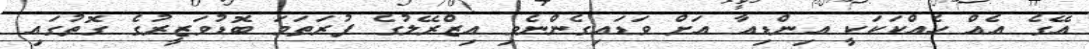
އޭގެ އެއް ހެއްކަކަކީ އިންޑިއާ އަށް ވަޑައިގެންނެވި އިޒްރޭލުގެ ފުރަތަމަ ބޮޑުވަޒީރުގެ ގޮތުގައި